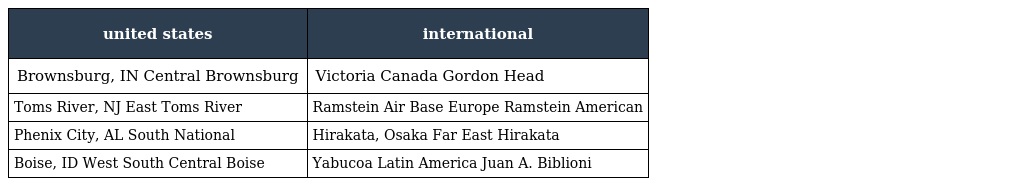
| united states | international |
 | --- | --- |
 | Brownsburg, IN Central Brownsburg | Victoria Canada Gordon Head |
 | Toms River, NJ East Toms River | Ramstein Air Base Europe Ramstein American |
 | Phenix City, AL South National | Hirakata, Osaka Far East Hirakata |
 | Boise, ID West South Central Boise | Yabucoa Latin America Juan A. Biblioni |